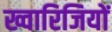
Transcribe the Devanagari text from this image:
ख्वारिजियों